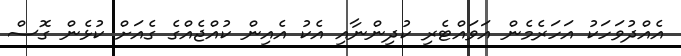
އެއްދުވަހަކު އަހަރެމެން އަވައްޓެރި ކުދިންނާއި އެކު އެއިން ކުއްޖެއްގެ ގެއަށް ކުޅެން ގޮސް